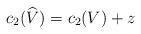
LaTeX: \begin{align*}c_{2}(\widehat{V})=c_{2}(V) +z\end{align*}